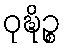
ဝုဍ္ဎိဉ္စ